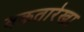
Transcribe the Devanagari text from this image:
वक्रतारेखा